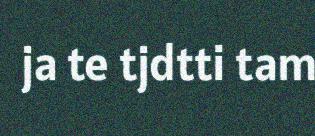
ja te tjdtti tam